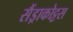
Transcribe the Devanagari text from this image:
सैंड्राकोट्टस